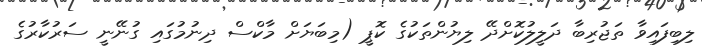
ލިބިފައިވާ ތަޖުރިބާ ދަލީލުކޮށްދޭ ލިޔުންތަކުގެ ކޮޕީ (މިބަޔަށް މާކްސް ދިނުމުގައި ގުނޭނީ ސަރުކާރުގެ